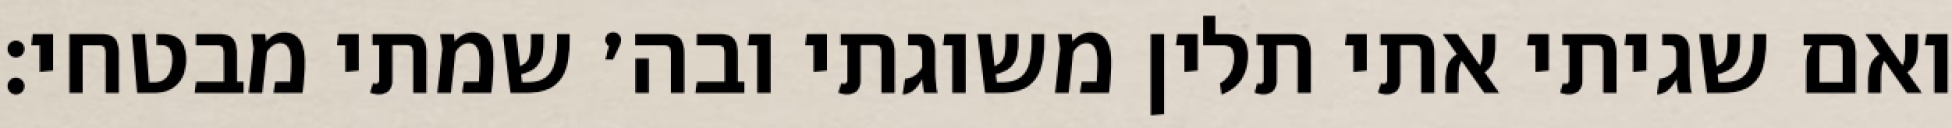
ואם שגיתי אתי תלין משוגתי ובה׳ שמתי מבטחי: